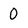
Character: 0